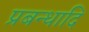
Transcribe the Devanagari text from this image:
प्रबन्धादि